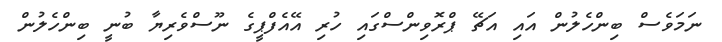
ނަމަވެސް ބިންހެލުން އައި އަޗޭ ޕްރޮވިންސްގައި ހުރި އޭއެފްޕީގެ ނޫސްވެރިޔާ ބުނީ ބިންހެލުން